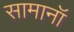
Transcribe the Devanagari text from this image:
सामानॉ